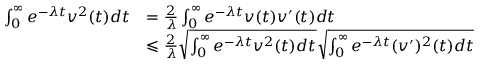
\begin{array} { r l } { \int _ { 0 } ^ { \infty } e ^ { - \lambda t } v ^ { 2 } ( t ) d t } & { = \frac 2 \lambda \int _ { 0 } ^ { \infty } e ^ { - \lambda t } v ( t ) v ^ { \prime } ( t ) d t } \\ & { \leqslant \frac 2 \lambda \sqrt { \int _ { 0 } ^ { \infty } e ^ { - \lambda t } v ^ { 2 } ( t ) d t } \sqrt { \int _ { 0 } ^ { \infty } e ^ { - \lambda t } ( v ^ { \prime } ) ^ { 2 } ( t ) d t } } \end{array}